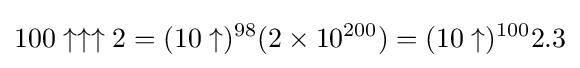
100\uparrow \uparrow \uparrow 2=(10\uparrow )^{98}(2\times 10^{200})=(10\uparrow )^{100}2.3